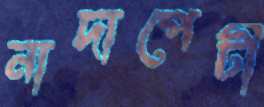
নাদাপেটী